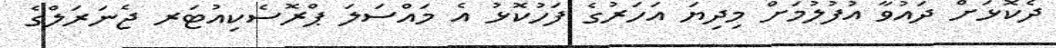
ދެކޮޅަށް ދައުވާ އުފުލުމަށް މިދިޔަ އަހަރުގެ ފަހުކޮޅު އެ މައްސަލަ ޕްރޮސެކިއުޓަރ ޖެނަރަލްގެ